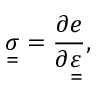
\underset { = } { \sigma } = \frac { \partial e } { \partial \underset { = } { \varepsilon } } ,